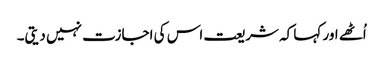
اُٹھے اور کہا کہ شریعت اس کی اجازت نہیں دیتی۔